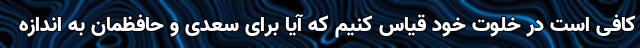
کافی است در خلوت خود قیاس کنیم که آیا برای سعدی و حافظمان به اندازه